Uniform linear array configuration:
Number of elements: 64
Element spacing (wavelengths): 0.25
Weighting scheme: blackman
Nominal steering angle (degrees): -45
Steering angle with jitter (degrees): -43.875
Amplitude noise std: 0.05
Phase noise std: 0.05

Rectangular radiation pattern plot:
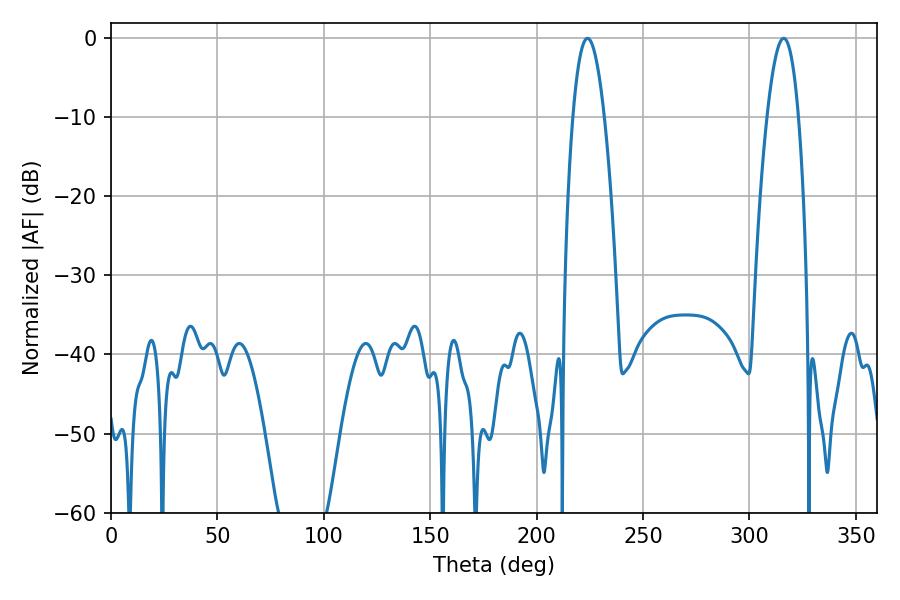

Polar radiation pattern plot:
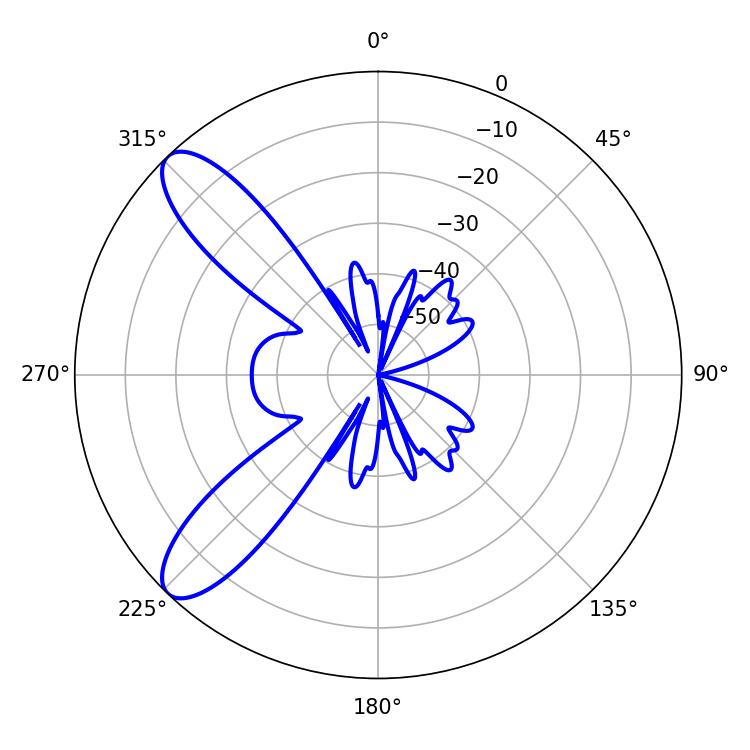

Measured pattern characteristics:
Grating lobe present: FALSE
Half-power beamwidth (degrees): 8.1
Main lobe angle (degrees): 223.92